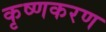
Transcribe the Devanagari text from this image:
कृष्णकरण